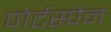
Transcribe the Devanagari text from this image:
पोर्टस्पैन